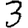
Digit: 3